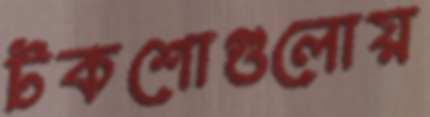
টকশোগুলোয়